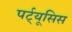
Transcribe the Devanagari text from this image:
पर्ट्यूसिस